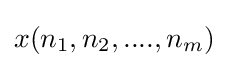
x(n_{1},n_{2},....,n_{m})